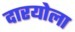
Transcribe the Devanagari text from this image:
दारयोला